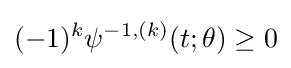
(-1)^{k}\psi ^{-1,(k)}(t;\theta )\geq 0